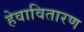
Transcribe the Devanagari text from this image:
हेवावितारण